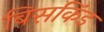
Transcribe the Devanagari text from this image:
बिसकिंड